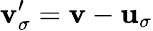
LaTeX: {\mathbf v}_{\sigma}^{\prime}={\mathbf v}-{\mathbf u}_{\sigma}